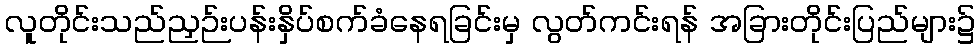
လူတိုင်းသည်ညှဉ်းပန်းနှိပ်စက်ခံနေရခြင်းမှ လွတ်ကင်းရန် အခြားတိုင်းပြည်များ၌